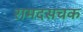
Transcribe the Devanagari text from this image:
रामदसचक